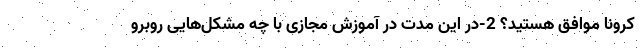
کرونا موافق هستید؟ 2-در این مدت در آموزش مجازی با چه مشکل‌هایی روبرو